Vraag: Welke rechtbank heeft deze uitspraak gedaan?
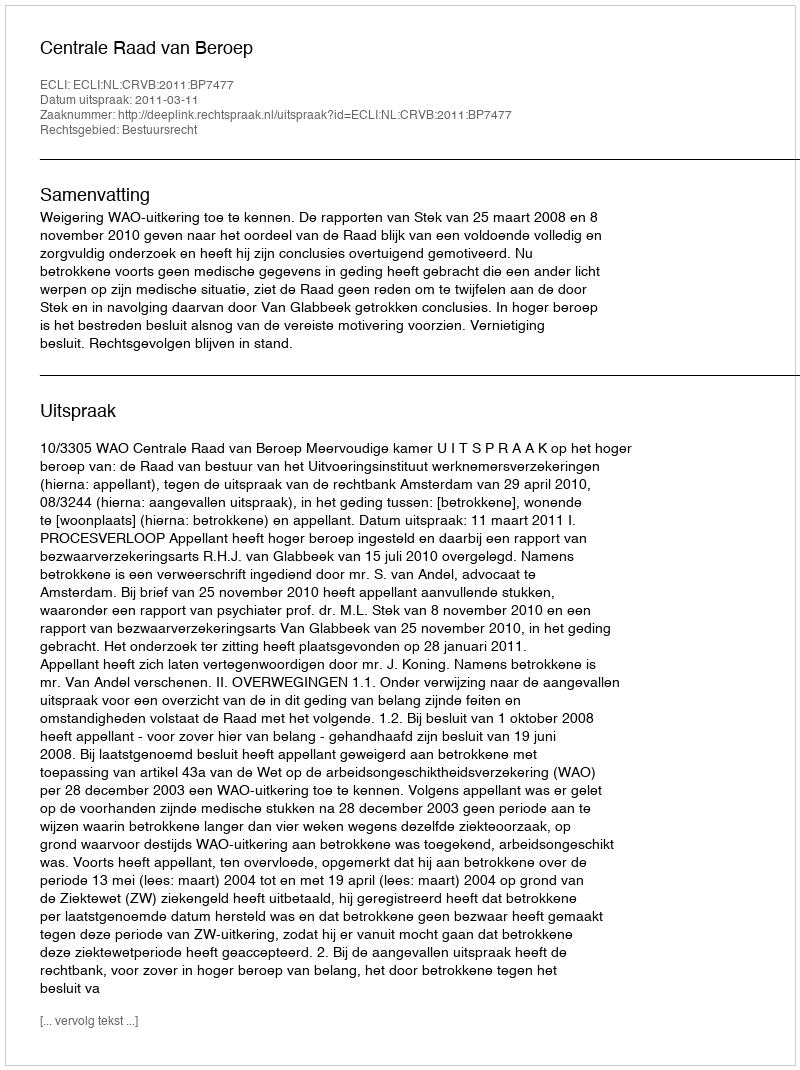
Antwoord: Centrale Raad van Beroep